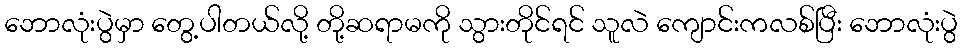
ဘောလုံးပွဲမှာ တွေ့ပါတယ်လို့ တို့ဆရာမကို သွားတိုင်ရင် သူလဲ ကျောင်းကလစ်ပြီး ဘောလုံးပွဲ